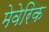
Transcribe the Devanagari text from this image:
मेवेरिक